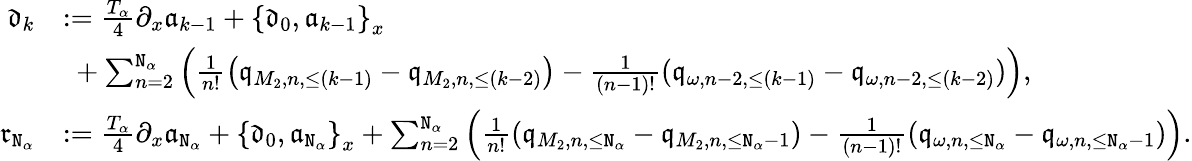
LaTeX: \begin{array}{rl}{\mathfrak{d}_{k}}&{:=\frac{T_{\alpha}}4\partial_{x}\mathfrak{a}_{k-1}+\left\{ \mathfrak{d}_{0},\mathfrak{a}_{k-1}\right\} _{x}}\\ &{\ +\sum_{n=2}^{\mathtt{N}_{\alpha}}\left(\frac{1}{n!}\left(\mathfrak{q}_{M_{2},n,\le(k-1)}-\mathfrak{q}_{M_{2},n,\le(k-2)}\right)-\frac{1}{(n-1)!}(\mathfrak{q}_{\omega,n-2,\le(k-1)}-\mathfrak{q}_{\omega,n-2,\le(k-2)})\right),}\\ {\mathfrak{r}_{\mathtt{N}_{\alpha}}}&{:=\frac{T_{\alpha}}4\partial_{x}\mathfrak{a}_{\mathtt{N}_{\alpha}}+\left\{ \mathfrak{d}_{0},\mathfrak{a}_{\mathtt{N}_{\alpha}}\right\} _{x}+\sum_{n=2}^{\mathtt{N}_{\alpha}}\left(\frac{1}{n!}\left(\mathfrak{q}_{M_{2},n,\le\mathtt{N}_{\alpha}}-\mathfrak{q}_{M_{2},n,\le\mathtt{N}_{\alpha}-1}\right)-\frac{1}{(n-1)!}(\mathfrak{q}_{\omega,n,\le\mathtt{N}_{\alpha}}-\mathfrak{q}_{\omega,n,\le\mathtt{N}_{\alpha}-1})\right).}\end{array}